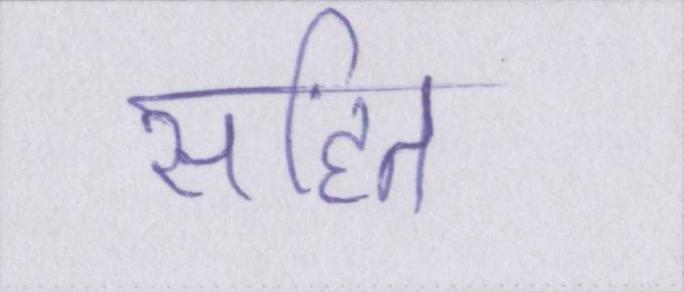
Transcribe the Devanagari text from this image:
सहित